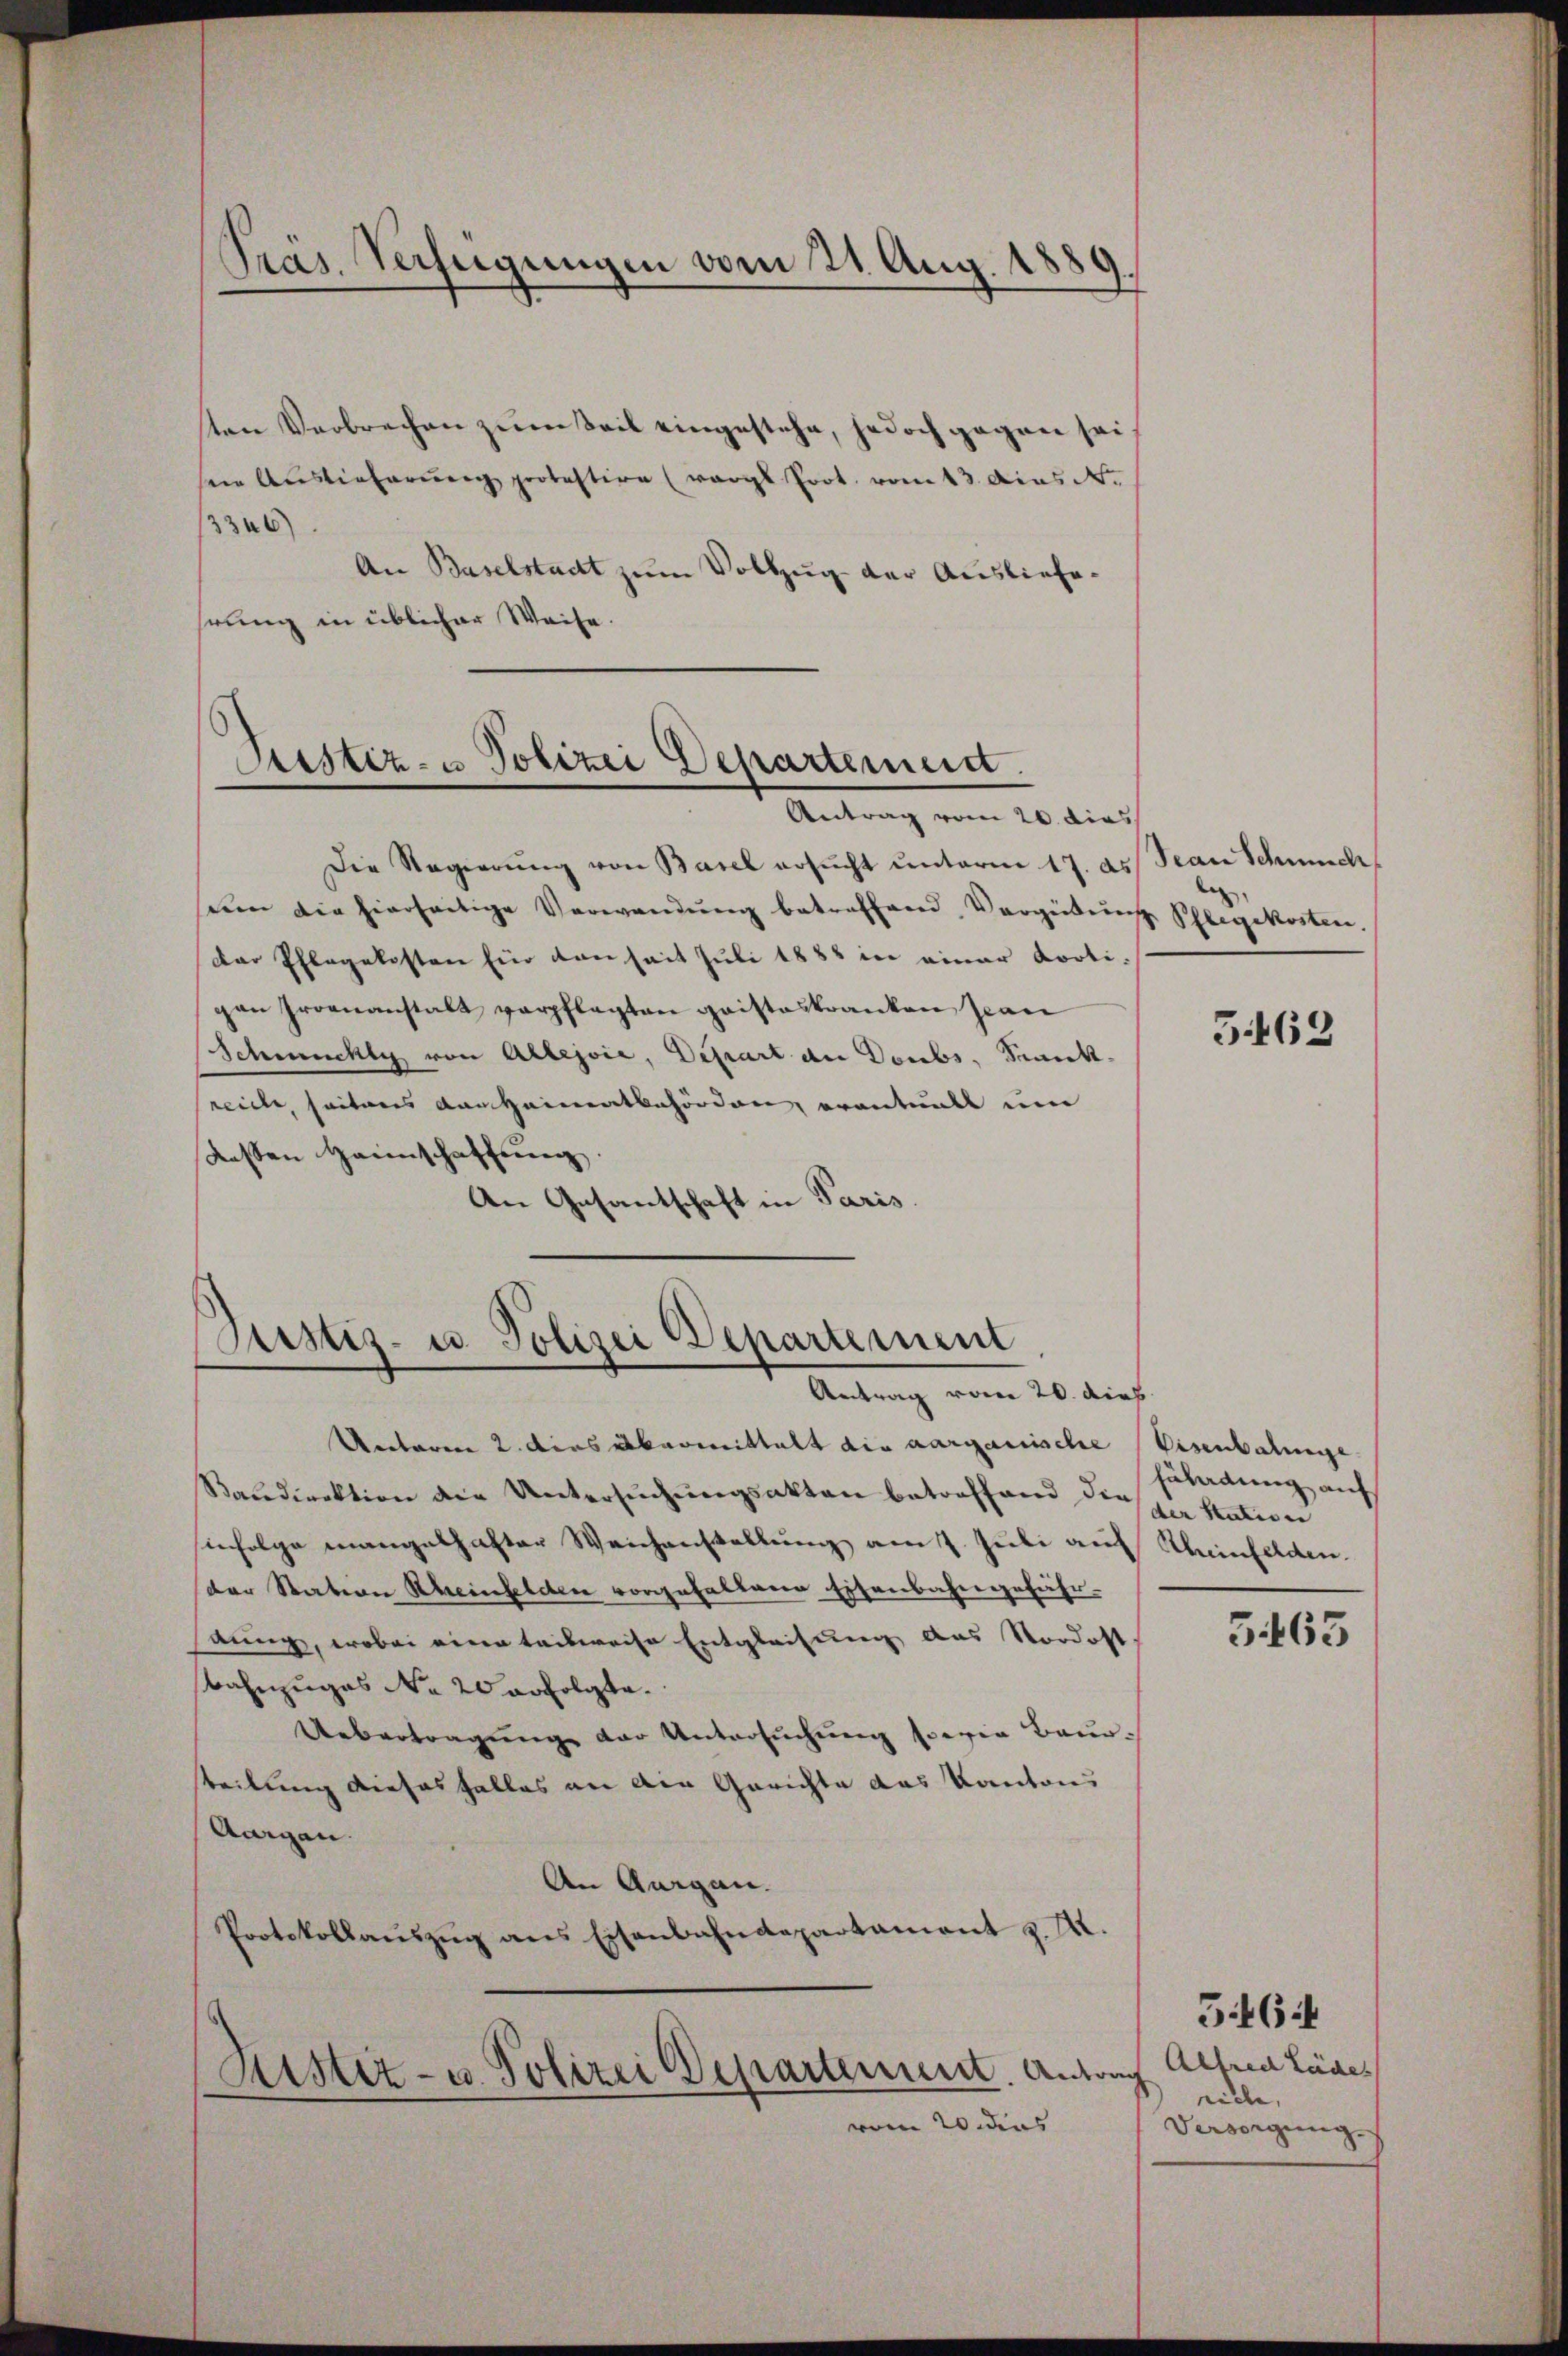
Präs. Verfügungen vom 21. Aug. 1889.

ten Verbrechen zum Teil eingestehe, jedoch gegen sei
sein Auslieferŭng protestire (vergl Prot. vom 13. dies N.
3346)
An Baselstadt zum Vollzug der Ausliefehrung in üblicher Weise.

Justiz- & Polizei Departement.
Antrag vom 20. dies

Justiz- u Polizei Departement
Antrag vom 20. dies

Die Regierŭng von Basel ersŭcht ŭnterm 17. ds San Schmuch
seen die hierseitige Verwandŭng betreffend Vergütung Phlegekosten.
der Pflegekosten für von seit Juli 1888 in einer Kroti-
pan Proenanstalt verpflegten Gaisteskranken Jean
Schmuckt von Altejoie, Depart an Deubs, Krankreiche, seitens der Heimatbehörden, erantualt um
dessen Heimschaffung.
An Gesantschaft in Paris.

Urbaren 2. dies übermittalt die aarganische Eisenbahnge
Baudirektion die Untersuchungsakten betreffend die sie Stativen
enfolge mangelhafter Weichenstellung am 7. Juli auf Khinden.
der Station Rheinfelden vorgehaltene Eisenbahngefähraung, wobei einer teilweise Entgleichung das Vordost
Bahnzuges No 20 erfolgte.
Uebertragung der Untersŭchŭng sowie Baur
steilung dieses Falles an ain Gerichte das Kantons
Aargau.
An Aargau.
Protokollaŭszŭg ans Eisenbahndepartament z. Zt.

Kister- u Polizei Departement. Antrag
vom 20 dies

s

568

fährdung auf

3463

Alfred Läde
rille,
Versorgung |
ze

564